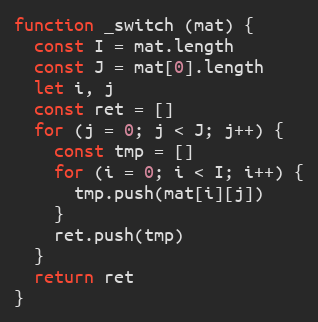
Language: JavaScript
function _switch (mat) {
  const I = mat.length
  const J = mat[0].length
  let i, j
  const ret = []
  for (j = 0; j < J; j++) {
    const tmp = []
    for (i = 0; i < I; i++) {
      tmp.push(mat[i][j])
    }
    ret.push(tmp)
  }
  return ret
}